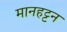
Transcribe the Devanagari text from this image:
मानहट्टन